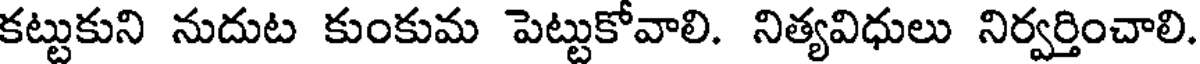
కట్టుకుని నుదుట కుంకుమ పెట్టుకోవాలి. నిత్యవిధులు నిర్వర్తించాలి.